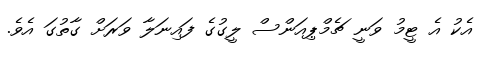
އެކު އެ ޓީމު ވަނީ ޗެމްޕިއަންސް ލީގުގެ ފައިނަލާ ވަރަށް ގާތުގަ އެވެ.